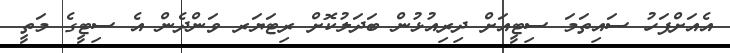
އެއަށްފަހު ސައިތަމަ ސިޓީއަށް ދިރިއުޅުން ބަދަލުކޮށް ރިޓަޔަރ ވަންދެން އެ ސިޓީގެ މަތީ